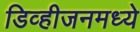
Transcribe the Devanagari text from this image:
डिव्हीजनमध्ये